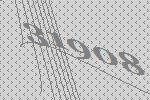
31908